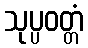
သုပ္ပဝတ္တံ